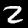
Label: 2